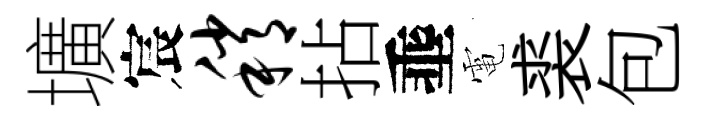
壙宸稍拈埀電裘包